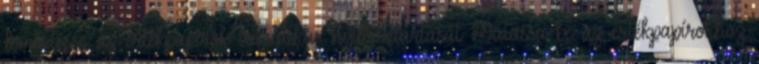
Ismertesse az értékpapírok analitikus nyilvántartását Mutassa be az értékpapírokhoz